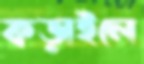
কড়াইলে